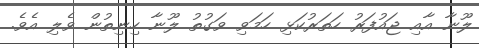
ލޫނާ އާއި ޖައުފަރު ހަތަރުކަޅި ހަމަވި ވަގުތު ލޫނާ ހިނިތުން ވެލި އެވެ.